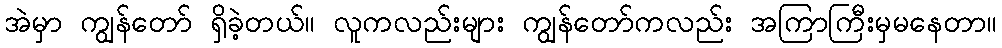
အဲမှာ ကျွန်တော် ရှိခဲ့တယ်။ လူကလည်းများ ကျွန်တော်ကလည်း အကြာကြီးမှမနေတာ။